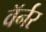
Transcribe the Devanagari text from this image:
वॅर्नर